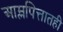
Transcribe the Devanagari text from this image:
आम्लपित्तातही